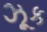
ઝૂક